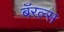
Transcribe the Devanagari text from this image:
बॅरल्स